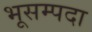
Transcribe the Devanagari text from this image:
भूसम्पदा